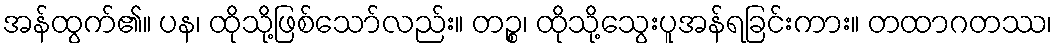
အန်ထွက်၏။ ပန၊ ထိုသို့ဖြစ်သော်လည်း။ တဉ္စ၊ ထိုသို့သွေးပူအန်ရခြင်းကား။ တထာဂတဿ၊